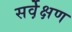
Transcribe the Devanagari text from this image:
सर्वे़क्षण